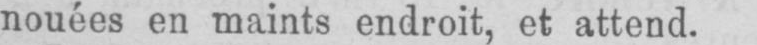
nouées en maints endroit, et attend.